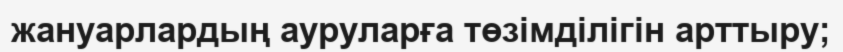
жануарлардың ауруларға төзімділігін арттыру;